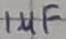
Text: 1µF